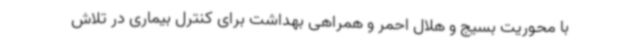
با محوریت بسیج و هلال احمر و همراهی بهداشت برای کنترل بیماری در تلاش